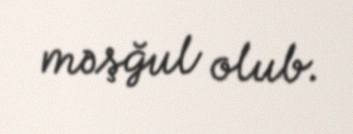
məşğul olub.